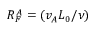
R _ { F } ^ { A } = ( v _ { A } L _ { 0 } / \nu )